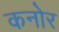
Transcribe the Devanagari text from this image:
कनोर